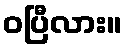
ဝပြီလား။